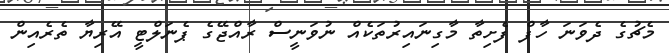
މެޗުގެ ދެވަނަ ހާފް ފެށިތާ މާގިނައިރުތަކެއް ނުވަނީސް ރާއްޖޭގެ ޕެނަލްޓީ އޭރިޔާ ތެރެއިން